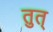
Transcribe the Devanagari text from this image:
तुत्